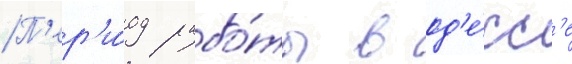
П'ер'и́од рабо́ты в од'е́сс'е